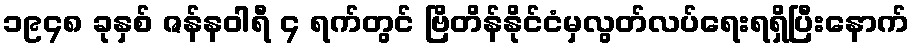
၁၉၄၈ ခုနှစ် ဇန်နဝါရီ ၄ ရက်တွင် ဗြိတိန်နိုင်ငံမှလွတ်လပ်ရေးရရှိပြီးနောက်